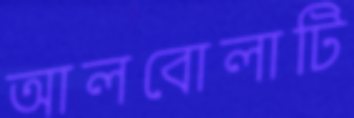
আলবোলাটি